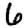
Digit: 6